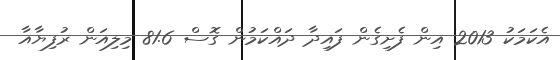
އެކަމަކު 2013 އިން ފެށިގެން ފައިދާ ދައްކަމުން ގޮސް 81.6 މިލިއަން ރުފިޔާއާ